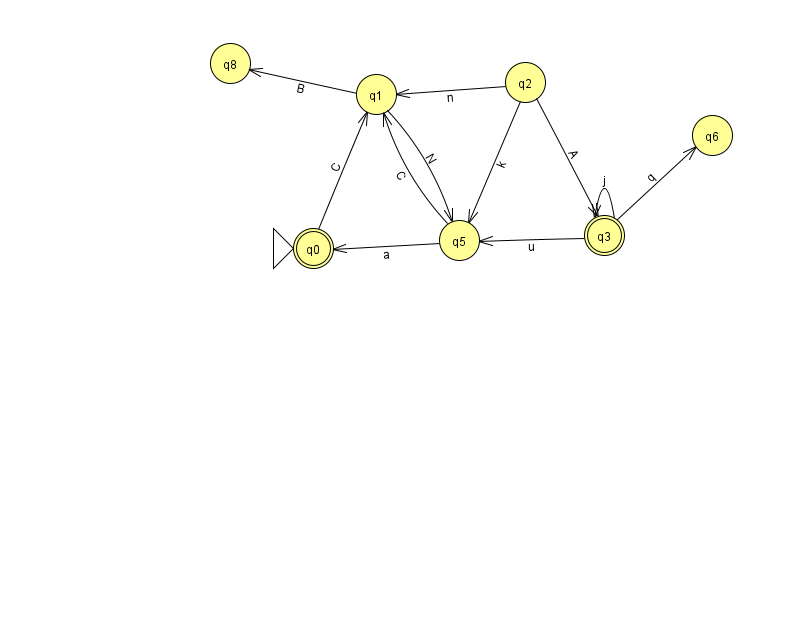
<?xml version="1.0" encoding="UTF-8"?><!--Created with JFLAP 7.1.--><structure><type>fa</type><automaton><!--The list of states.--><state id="0" name="q0"><x>313.0</x><y>235.0</y><initial/><final/></state><state id="1" name="q1"><x>376.0</x><y>81.0</y></state><state id="2" name="q2"><x>525.0</x><y>69.0</y></state><state id="3" name="q3"><x>604.0</x><y>222.0</y><final/></state><state id="5" name="q5"><x>459.0</x><y>227.0</y></state><state id="6" name="q6"><x>712.0</x><y>122.0</y></state><state id="8" name="q8"><x>230.0</x><y>50.0</y></state><!--The list of transitions.--><transition><from>2</from><to>1</to><read>n</read></transition><transition><from>1</from><to>5</to><read>N</read></transition><transition><from>5</from><to>0</to><read>a</read></transition><transition><from>1</from><to>8</to><read>B</read></transition><transition><from>2</from><to>5</to><read>k</read></transition><transition><from>3</from><to>3</to><read>j</read></transition><transition><from>3</from><to>5</to><read>u</read></transition><transition><from>5</from><to>1</to><read>C</read></transition><transition><from>3</from><to>6</to><read>q</read></transition><transition><from>2</from><to>3</to><read>A</read></transition><transition><from>0</from><to>1</to><read>C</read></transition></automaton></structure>